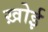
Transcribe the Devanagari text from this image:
ख़ोई